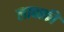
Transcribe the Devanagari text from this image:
लावाकी